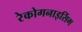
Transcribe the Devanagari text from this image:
रेकोगनाइसिंग